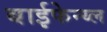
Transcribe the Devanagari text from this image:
बाईफेन्य्ल